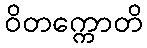
ဝိတက္ကောတိ